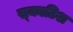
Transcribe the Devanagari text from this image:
स्‍काटिश